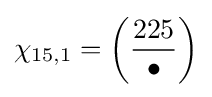
\chi _{15,1}=\left({\frac {225}{\bullet }}\right)